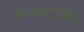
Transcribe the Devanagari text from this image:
मॅथेमॅटीक्स